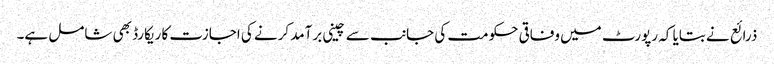
ذرائع نے بتایا کہ رپورٹ میں وفاقی حکومت کی جانب سے چینی برآمد کرنے کی اجازت کا ریکارڈ بھی شامل ہے۔